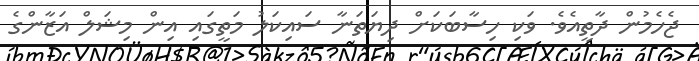
ޖެހެމުން ދާތީއެވެ. ވަކި ހިސާބަކަށް ދިޔަތަނާ ސައިކަލު މަތީގައި އިން މިޝަލް އަޒާންގެ